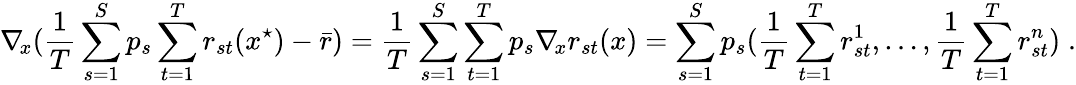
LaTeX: \nabla_{\! x}(\frac{1}{T}\sum_{s=1}^{S}p_{s}\sum_{t=1}^{T}r_{st}(x^{\star})-\bar{r})=\frac{1}{T}\sum_{s=1}^{S}\sum_{t=1}^{T}p_{s}\nabla_{\! x}r_{st}(x)=\sum_{s=1}^{S}p_{s}(\frac{1}{T}\sum_{t=1}^{T}r_{st}^{1},\ldots,\frac{1}{T}\sum_{t=1}^{T}r_{st}^{n})\; .